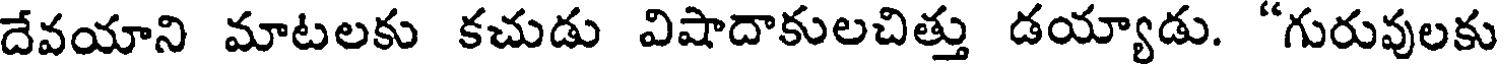
దేవయాని మాటలకు కచుడు విషాదాకులచిత్తు డయ్యాడు. "గురువులకు